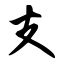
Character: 支